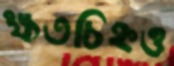
ক্ষতচিহ্নও